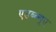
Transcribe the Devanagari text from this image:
एडब्ल्यूए